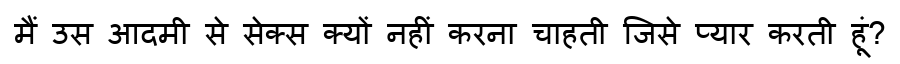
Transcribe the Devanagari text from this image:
मैं उस आदमी से सेक्स क्यों नहीं करना चाहती जिसे प्यार करती हूं?